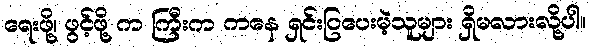
ရေးဖို့၊ ဖွင့်ဖို့ က ကြီးက ကနေ ရှင်းပြပေးမဲ့သူများ ရှိမလားလို့ပါ။